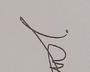
Signature authenticity: genuine